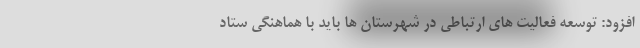
افزود: توسعه فعالیت های ارتباطی در شهرستان ها باید با هماهنگی ستاد